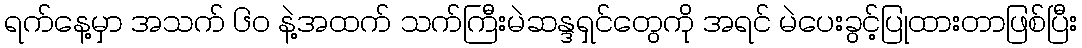
ရက်နေ့မှာ အသက် ၆၀ နဲ့အထက် သက်ကြီးမဲဆန္ဒရှင်တွေကို အရင် မဲပေးခွင့်ပြုထားတာဖြစ်ပြီး